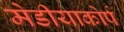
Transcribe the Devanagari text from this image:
मेडीयाकोर्प